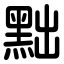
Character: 黜